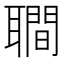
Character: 𦗬